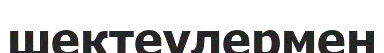
шектеулермен